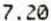
7.20